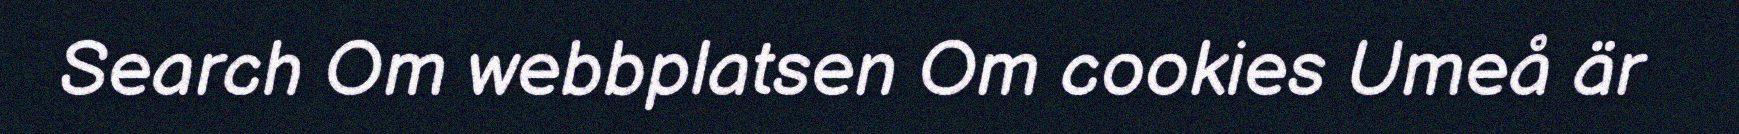
Search Om webbplatsen Om cookies Umeå är